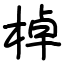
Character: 棹